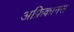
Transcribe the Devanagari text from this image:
अफ्रिकानस